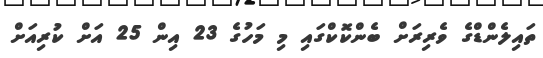
ތައިލެންޑްގެ ވެރިރަށް ބެންކޮކްގައި މި މަހުގެ 23 އިން 25 އަށް ކުރިއަށް